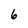
Character: 6